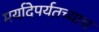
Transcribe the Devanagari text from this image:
मर्यादेपर्यतच्याच